Source: Handwritten
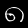
Digit: ၈ (8)